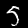
Label: 5